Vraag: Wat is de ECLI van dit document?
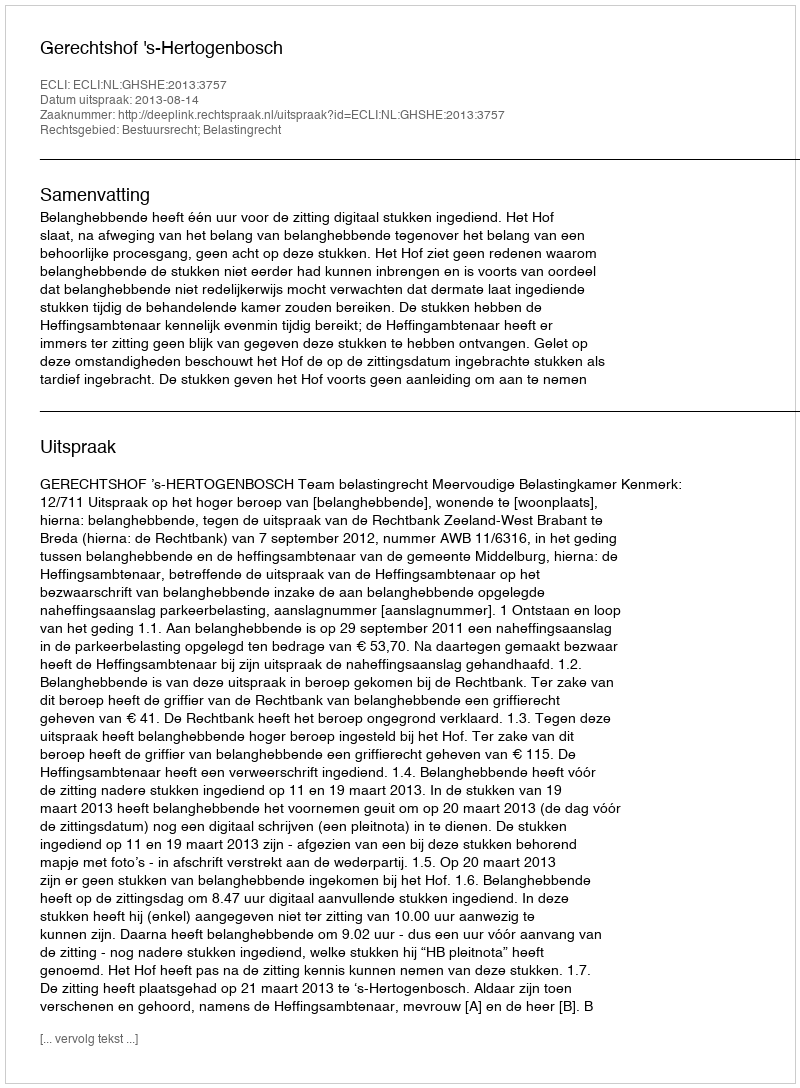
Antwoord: ECLI:NL:GHSHE:2013:3757